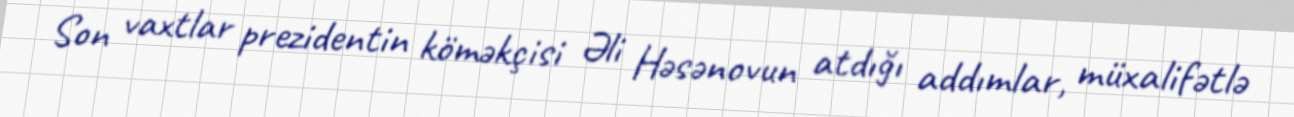
Son vaxtlar prezidentin köməkçisi Əli Həsənovun atdığı addımlar, müxalifətlə